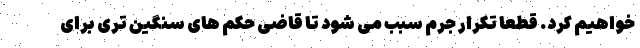
خواهیم کرد. قطعا تکرار جرم سبب می شود تا قاضی حکم های سنگین تری برای